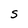
Character: S